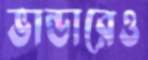
ভান্ডারেও